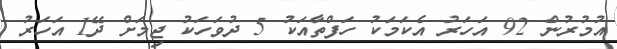
އުމުރުން 92 އަހަރު އެކަމަކު ހަފްތާއަކު 5 ދުވަހަކު ޖިމަށް ދޭ1 އަހަރު